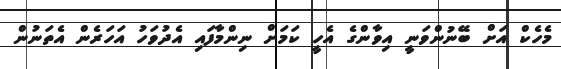
މެހެކް އަށް ބޭނުންވަނީ އިވާންގެ އެހީ ކަމަށް ނިންމާފައި އެދުވަހު އަހަރެން އެތަނުން